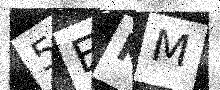
Text: 5EKM